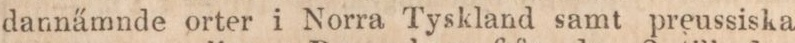
dannämnde orter i Norra Tyskland samt preussiska